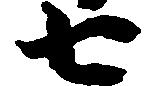
七